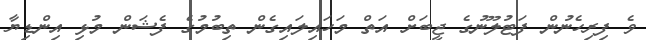
ވެ ފިރިހެނުން ފަޓުލޫނުގެ ޖީބަށް އަތް މަހައިލައިގެން ތިބުމުގެ ފެޝަން މުޅި އިންޑިޔާ